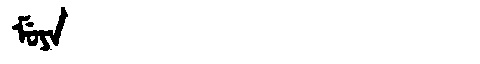
Manchu: ᠮᡠᠶᠠ
Romanization: MUYA